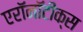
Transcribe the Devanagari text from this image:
एरॉनॉटीक्स